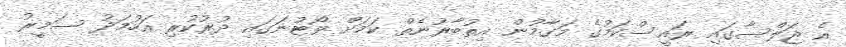
އެ ޖަލްސާގައި ރައީސްކަމުގެ މަގާމުން އިތުބާރުނެތް ކަމަށް ވޯޓުނަގައި ދުރުކުރި އަހުމަދު ސަމީރު